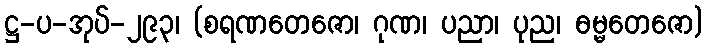
ဋ္ဌ-ပ-အုပ်-၂၉၃၊ (စရဏတေဇော၊ ဂုဏ၊ ပညာ၊ ပုည၊ ဓမ္မတေဇော)